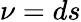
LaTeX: \nu=ds